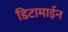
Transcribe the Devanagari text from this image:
डिटामाईन